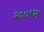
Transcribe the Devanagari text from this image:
२००९न